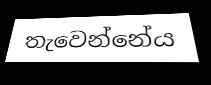
තැවෙන්නේය